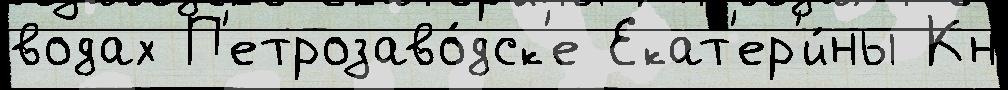
водах П'етрозаво́дск'е Екат'ер'и́ны Кн